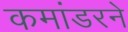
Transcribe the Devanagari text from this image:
कमांडरने